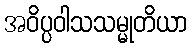
အဝိပ္ပဝါသသမ္မုတိယာ